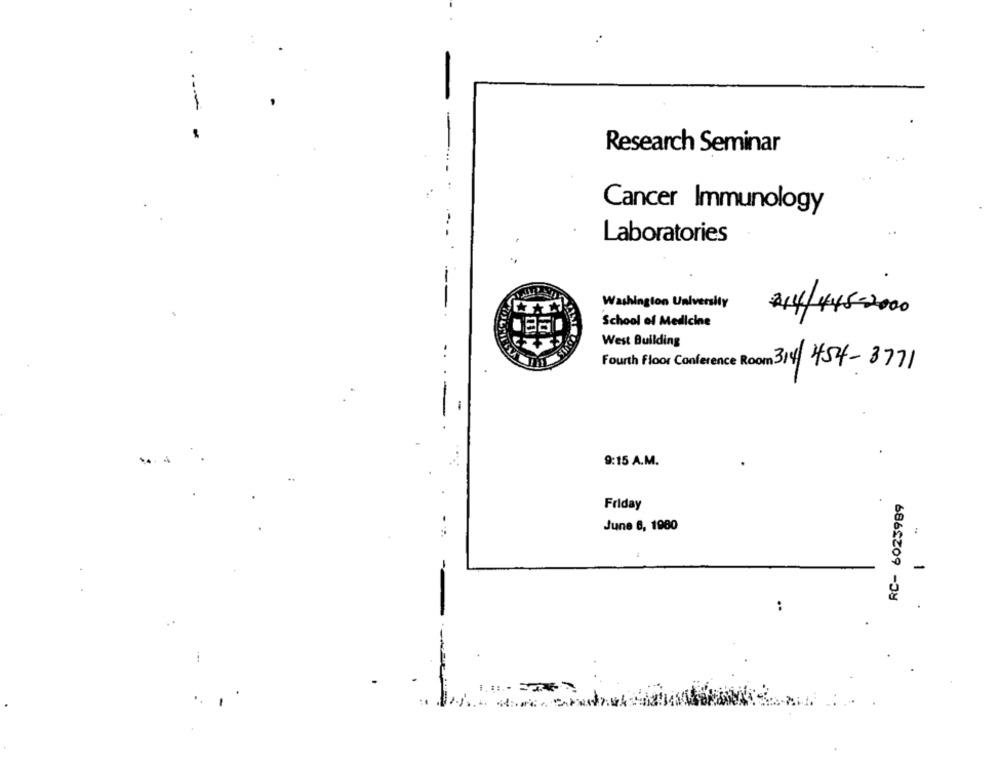
---
Research Seminar
Cancer Immunology
--
Laboratories
-
Washington University
214/445-2000
School of Medicine
West Building
Fourth Floor Conference Room 314 454-8771
9:15 A.M.
RC- 6023989
Friday
June 6, 1980
:
-
: